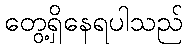
တွေ့ရှိနေရပါသည်